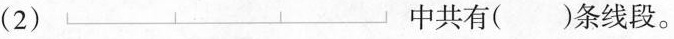
(2) 中共有( )条线段。